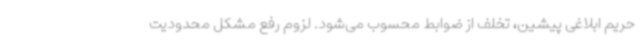
حریم ابلاغی پیشین، تخلف از ضوابط محسوب می‌شود. لزوم رفع مشکل محدودیت